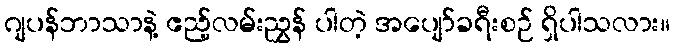
ဂျပန်ဘာသာနဲ့ ဧည့်လမ်းညွှန် ပါတဲ့ အပျော်ခရီးစဉ် ရှိပါသလား။